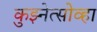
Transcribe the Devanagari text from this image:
कुझ्नेत्सोव्हा